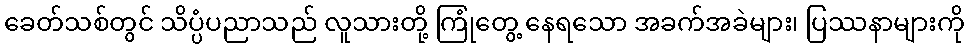
ခေတ်သစ်တွင် သိပ္ပံပညာသည် လူသားတို့ ကြုံတွေ့ နေရသော အခက်အခဲများ၊ ပြဿနာများကို